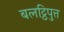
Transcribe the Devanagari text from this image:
बलट्ठिपुत्त